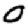
Digit: 0